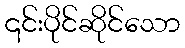
၎င်းပိုင်ဆိုင်သော